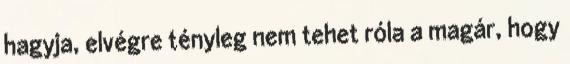
hagyja, elvégre tényleg nem tehet róla a magár, hogy